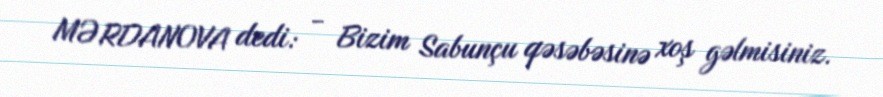
MƏRDANOVA dedi: - Bizim Sabunçu qəsəbəsinə xoş gəlmisiniz.